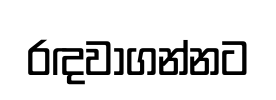
රඳවාගන්නට